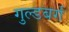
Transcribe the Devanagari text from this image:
गुल्डबर्ग